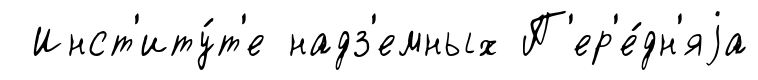
Инст'иту́т'е надз'емных П'ер'е́дн'яjа